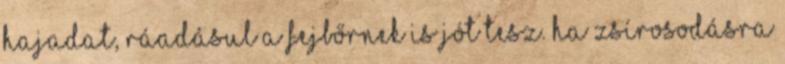
hajadat, ráadásul a fejbőrnek is jót tesz. Ha zsírosodásra